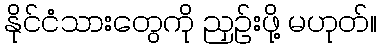
နိုင်ငံသားတွေကို ညှဉ်းဖို့ မဟုတ်။